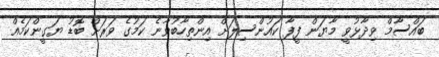
ބައްސާމް ވިދާޅުވީ މާޔަން ފީފާ ކައުންސިލަށް އިންތިހާބުވާނެ ކަމުގެ ވަރަށް ބޮޑު ޔަގީންކަމެއް